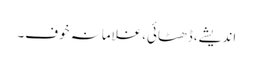
اندیشے، ڈھٹائی،غلامانہ خوف۔